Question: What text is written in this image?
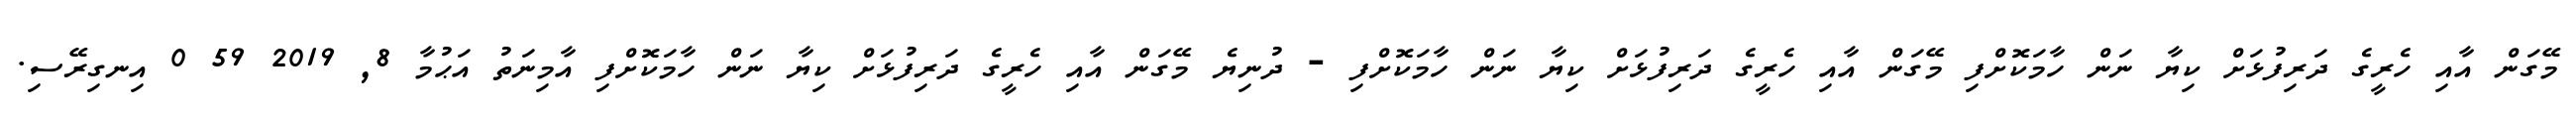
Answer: މޭގަން އާއި ހެރީގެ ދަރިފުޅަށް ކިޔާ ނަން ހާމަކޮށްފި މޭގަން އާއި ހެރީގެ ދަރިފުޅަށް ކިޔާ ނަން ހާމަކޮށްފި - ދުނިޔެ މޭގަން އާއި ހެރީގެ ދަރިފުޅަށް ކިޔާ ނަން ހާމަކޮށްފި އާމިނަތު އަޙުމާ 8, 2019 59 0 އިނގިރޭސި.